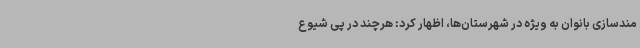
مندسازی بانوان به ویژه در شهرستان‌ها، اظهار کرد: هرچند در پی شیوع